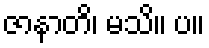
ဇာနာတိ၊ မသိ။ ပ။